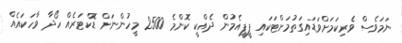
ނަމަވެސް ވެރިކަމަށްވަޑައިގަތުމަށްޓަކައި ޕީޕީއެމުން ދެއްކީ ކޮންމެ 2500 މީހުންނަށް ޑޮކްޓަރެއް ހޯދާ ވާހަކައެއް